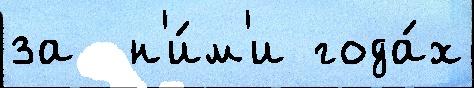
за  н'и́м'и года́х